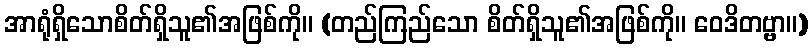
အာရုံရှိသောစိတ်ရှိသူ၏အဖြစ်ကို။ (တည်ကြည်သော စိတ်ရှိသူ၏အဖြစ်ကို။ ဝေဒိတဗ္ဗာ။)